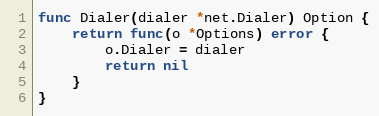
Language: Go
func Dialer(dialer *net.Dialer) Option {
	return func(o *Options) error {
		o.Dialer = dialer
		return nil
	}
}